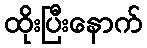
ထိုးပြီးနောက်